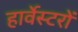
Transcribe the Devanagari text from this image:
हार्वेस्टरों